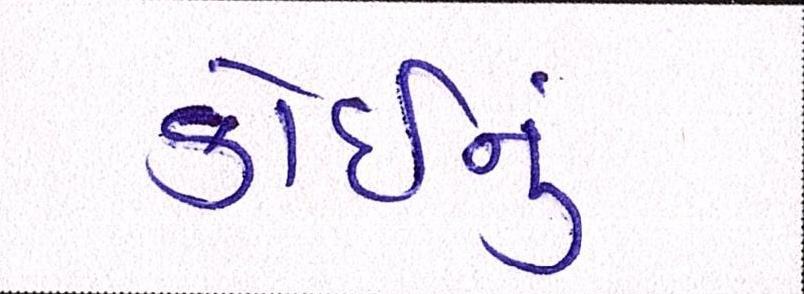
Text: કોઈનું